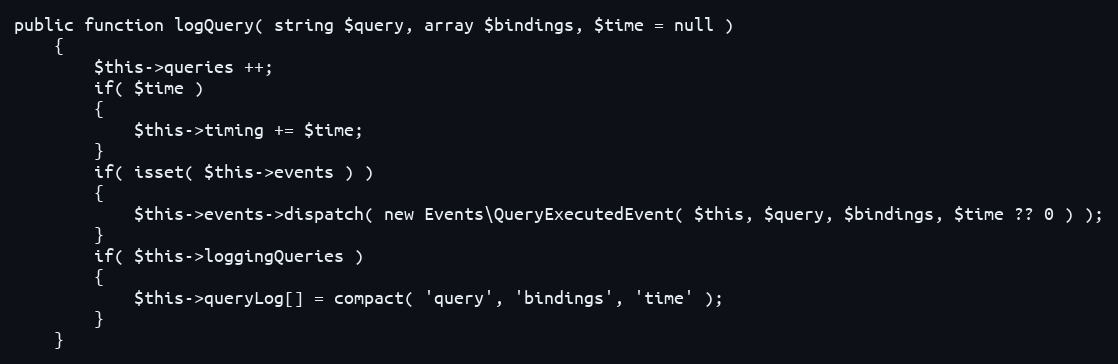
Language: PHP
public function logQuery( string $query, array $bindings, $time = null )
	{
		$this->queries ++;
		if( $time )
		{
			$this->timing += $time;
		}
		if( isset( $this->events ) )
		{
			$this->events->dispatch( new Events\QueryExecutedEvent( $this, $query, $bindings, $time ?? 0 ) );
		}
		if( $this->loggingQueries )
		{
			$this->queryLog[] = compact( 'query', 'bindings', 'time' );
		}
	}